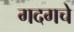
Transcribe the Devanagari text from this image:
गदगचे